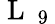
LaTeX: \mathrm{~L~}_{\mathrm{~9~}}